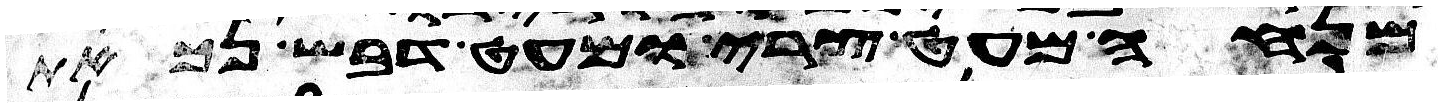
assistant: מנחה מעט צרי ומעט דבש נכאת